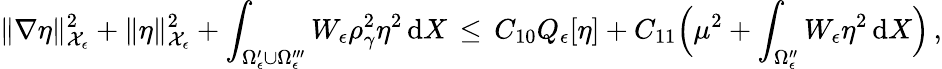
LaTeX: \| \nabla\eta\| _{\mathcal{X}_{\epsilon}}^{2}+\| \eta\| _{\mathcal{X}_{\epsilon}}^{2}+\int_{\Omega_{\epsilon}^{\prime}\cup\Omega_{\epsilon}^{\prime\prime\prime}}W_{\epsilon}\rho_{\gamma}^{2}\eta^{2}\, \mathrm{d}X\, \le\, C_{10}Q_{\epsilon}[\eta]+C_{11}\Bigl(\mu^{2}+\int_{\Omega_{\epsilon}^{\prime\prime}}W_{\epsilon}\eta^{2}\, \mathrm{d}X\Bigr)\, ,